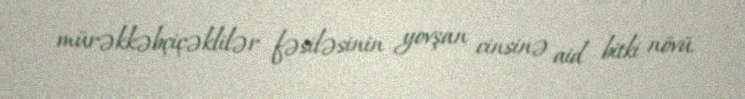
mürəkkəbçiçəklilər fəsiləsinin yovşan cinsinə aid bitki növü.